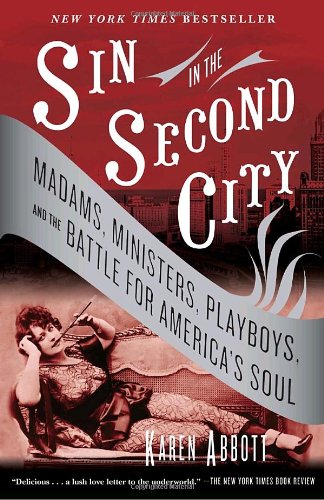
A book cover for Sin in the Second City: Madams, Ministers, Playboys, and the Battle for America's Soul; Karen Abbott; Biographies & Memoirs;